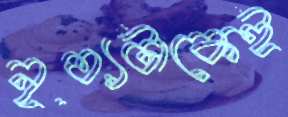
নৃত্যটাকেই